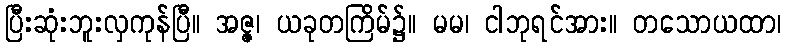
ပြီးဆုံးဘူးလှကုန်ပြီ။ အဇ္ဇ၊ ယခုတကြိမ်၌။ မမ၊ ငါဘုရင်အား။ တသောယထာ၊